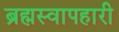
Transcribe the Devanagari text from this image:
ब्रह्मस्वापहारी